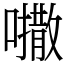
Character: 𫬒